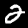
Digit: 2